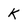
Character: K